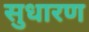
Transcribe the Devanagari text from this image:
सुधारण